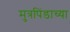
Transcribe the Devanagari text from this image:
मुत्रपिंडाच्या